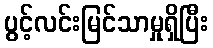
ပွင့်လင်းမြင်သာမှုရှိပြီး